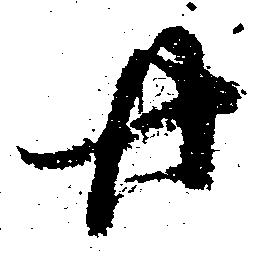
廿